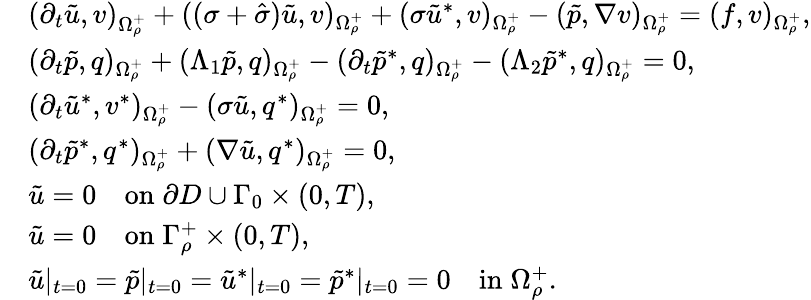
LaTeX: \begin{array}{rl}&{\left(\partial_{t}\tilde{u},v\right)_{\Omega_{\rho}^{+}}+((\sigma+\hat{\sigma})\tilde{u},v)_{\Omega_{\rho}^{+}}+(\sigma\tilde{u}^{*},v)_{\Omega_{\rho}^{+}}-(\tilde{p},\nabla v)_{\Omega_{\rho}^{+}}=(f,v)_{\Omega_{\rho}^{+}},}\\ &{(\partial_{t}\tilde{p},q)_{\Omega_{\rho}^{+}}+(\Lambda_{1}\tilde{p},q)_{\Omega_{\rho}^{+}}-(\partial_{t}\tilde{p}^{*},q)_{\Omega_{\rho}^{+}}-(\Lambda_{2}\tilde{p}^{*},q)_{\Omega_{\rho}^{+}}=0,}\\ &{(\partial_{t}\tilde{u}^{*},v^{*})_{\Omega_{\rho}^{+}}-(\sigma\tilde{u},q^{*})_{\Omega_{\rho}^{+}}=0,}\\ &{(\partial_{t}\tilde{p}^{*},q^{*})_{\Omega_{\rho}^{+}}+(\nabla\tilde{u},q^{*})_{\Omega_{\rho}^{+}}=0,}\\ &{\tilde{u}=0\quad\mathrm{on}\; \partial D\cup\Gamma_{0}\times(0,T),}\\ &{\tilde{u}=0\quad\mathrm{on}\; \Gamma_{\rho}^{+}\times(0,T),}\\ &{\tilde{u}|_{t=0}=\tilde{p}|_{t=0}=\tilde{u}^{*}|_{t=0}=\tilde{p}^{*}|_{t=0}=0\quad\mathrm{in}\; \Omega_{\rho}^{+}.}\end{array}